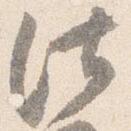
法